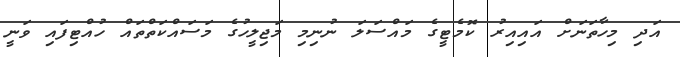
އަދި މިހާތަނަށް އައިއިރު ކޮމެޓީގެ މައްސަލަ ނުނިމި މަޖިލީހުގެ މަސައްކަތްތައް ހުއްޓިފައި ވަނީ